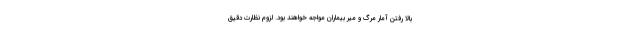
بالا رفتن آمار مرگ و میر بیماران مواجه خواهند بود. لزوم نظارت دقیق